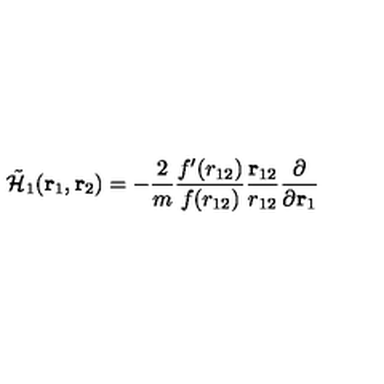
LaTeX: \tilde { \cal H } _ { 1 } ( { \bf r } _ { 1 } , { \bf r } _ { 2 } ) = - \frac { 2 } { m } \frac { f ^ { \prime } ( r _ { 1 2 } ) } { f ( r _ { 1 2 } ) } \frac { { \bf r } _ { 1 2 } } { r _ { 1 2 } } \frac { \partial } { \partial { \bf r } _ { 1 } }